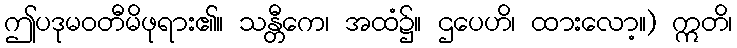
ဤပဒုမဝတီမိဖုရား၏။ သန္တီကေ၊ အထံ၌။ ဌပေဟိ၊ ထားလော့။) ဣတိ၊